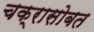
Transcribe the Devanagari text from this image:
चक्रासोबत